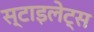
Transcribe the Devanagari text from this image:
स्टाइलेट्स